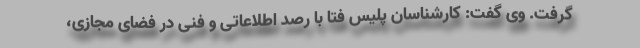
گرفت. وی گفت: کارشناسان پلیس فتا با رصد اطلاعاتی و فنی در فضای مجازی،